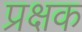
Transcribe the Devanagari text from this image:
प्रक्षक